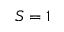
S = 1